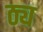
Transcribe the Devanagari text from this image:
ठ्य